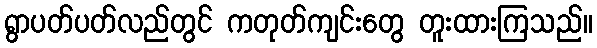
ရွာပတ်ပတ်လည်တွင် ကတုတ်ကျင်းတွေ တူးထားကြသည်။